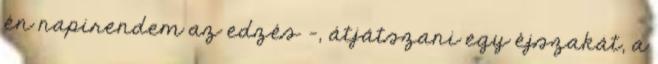
én napirendem az edzés -, átjátszani egy éjszakát, a